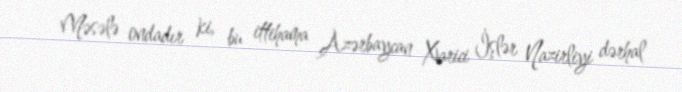
Məsələ ondadır ki, bu ittihama Azərbaycan Xarici İşlər Nazirliyi dərhal